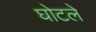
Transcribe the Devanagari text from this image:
घोटले